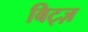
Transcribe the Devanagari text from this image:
बिट्ज़